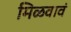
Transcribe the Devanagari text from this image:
मिळवावं